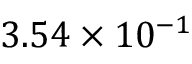
3 . 5 4 \times 1 0 ^ { - 1 }